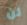
لن